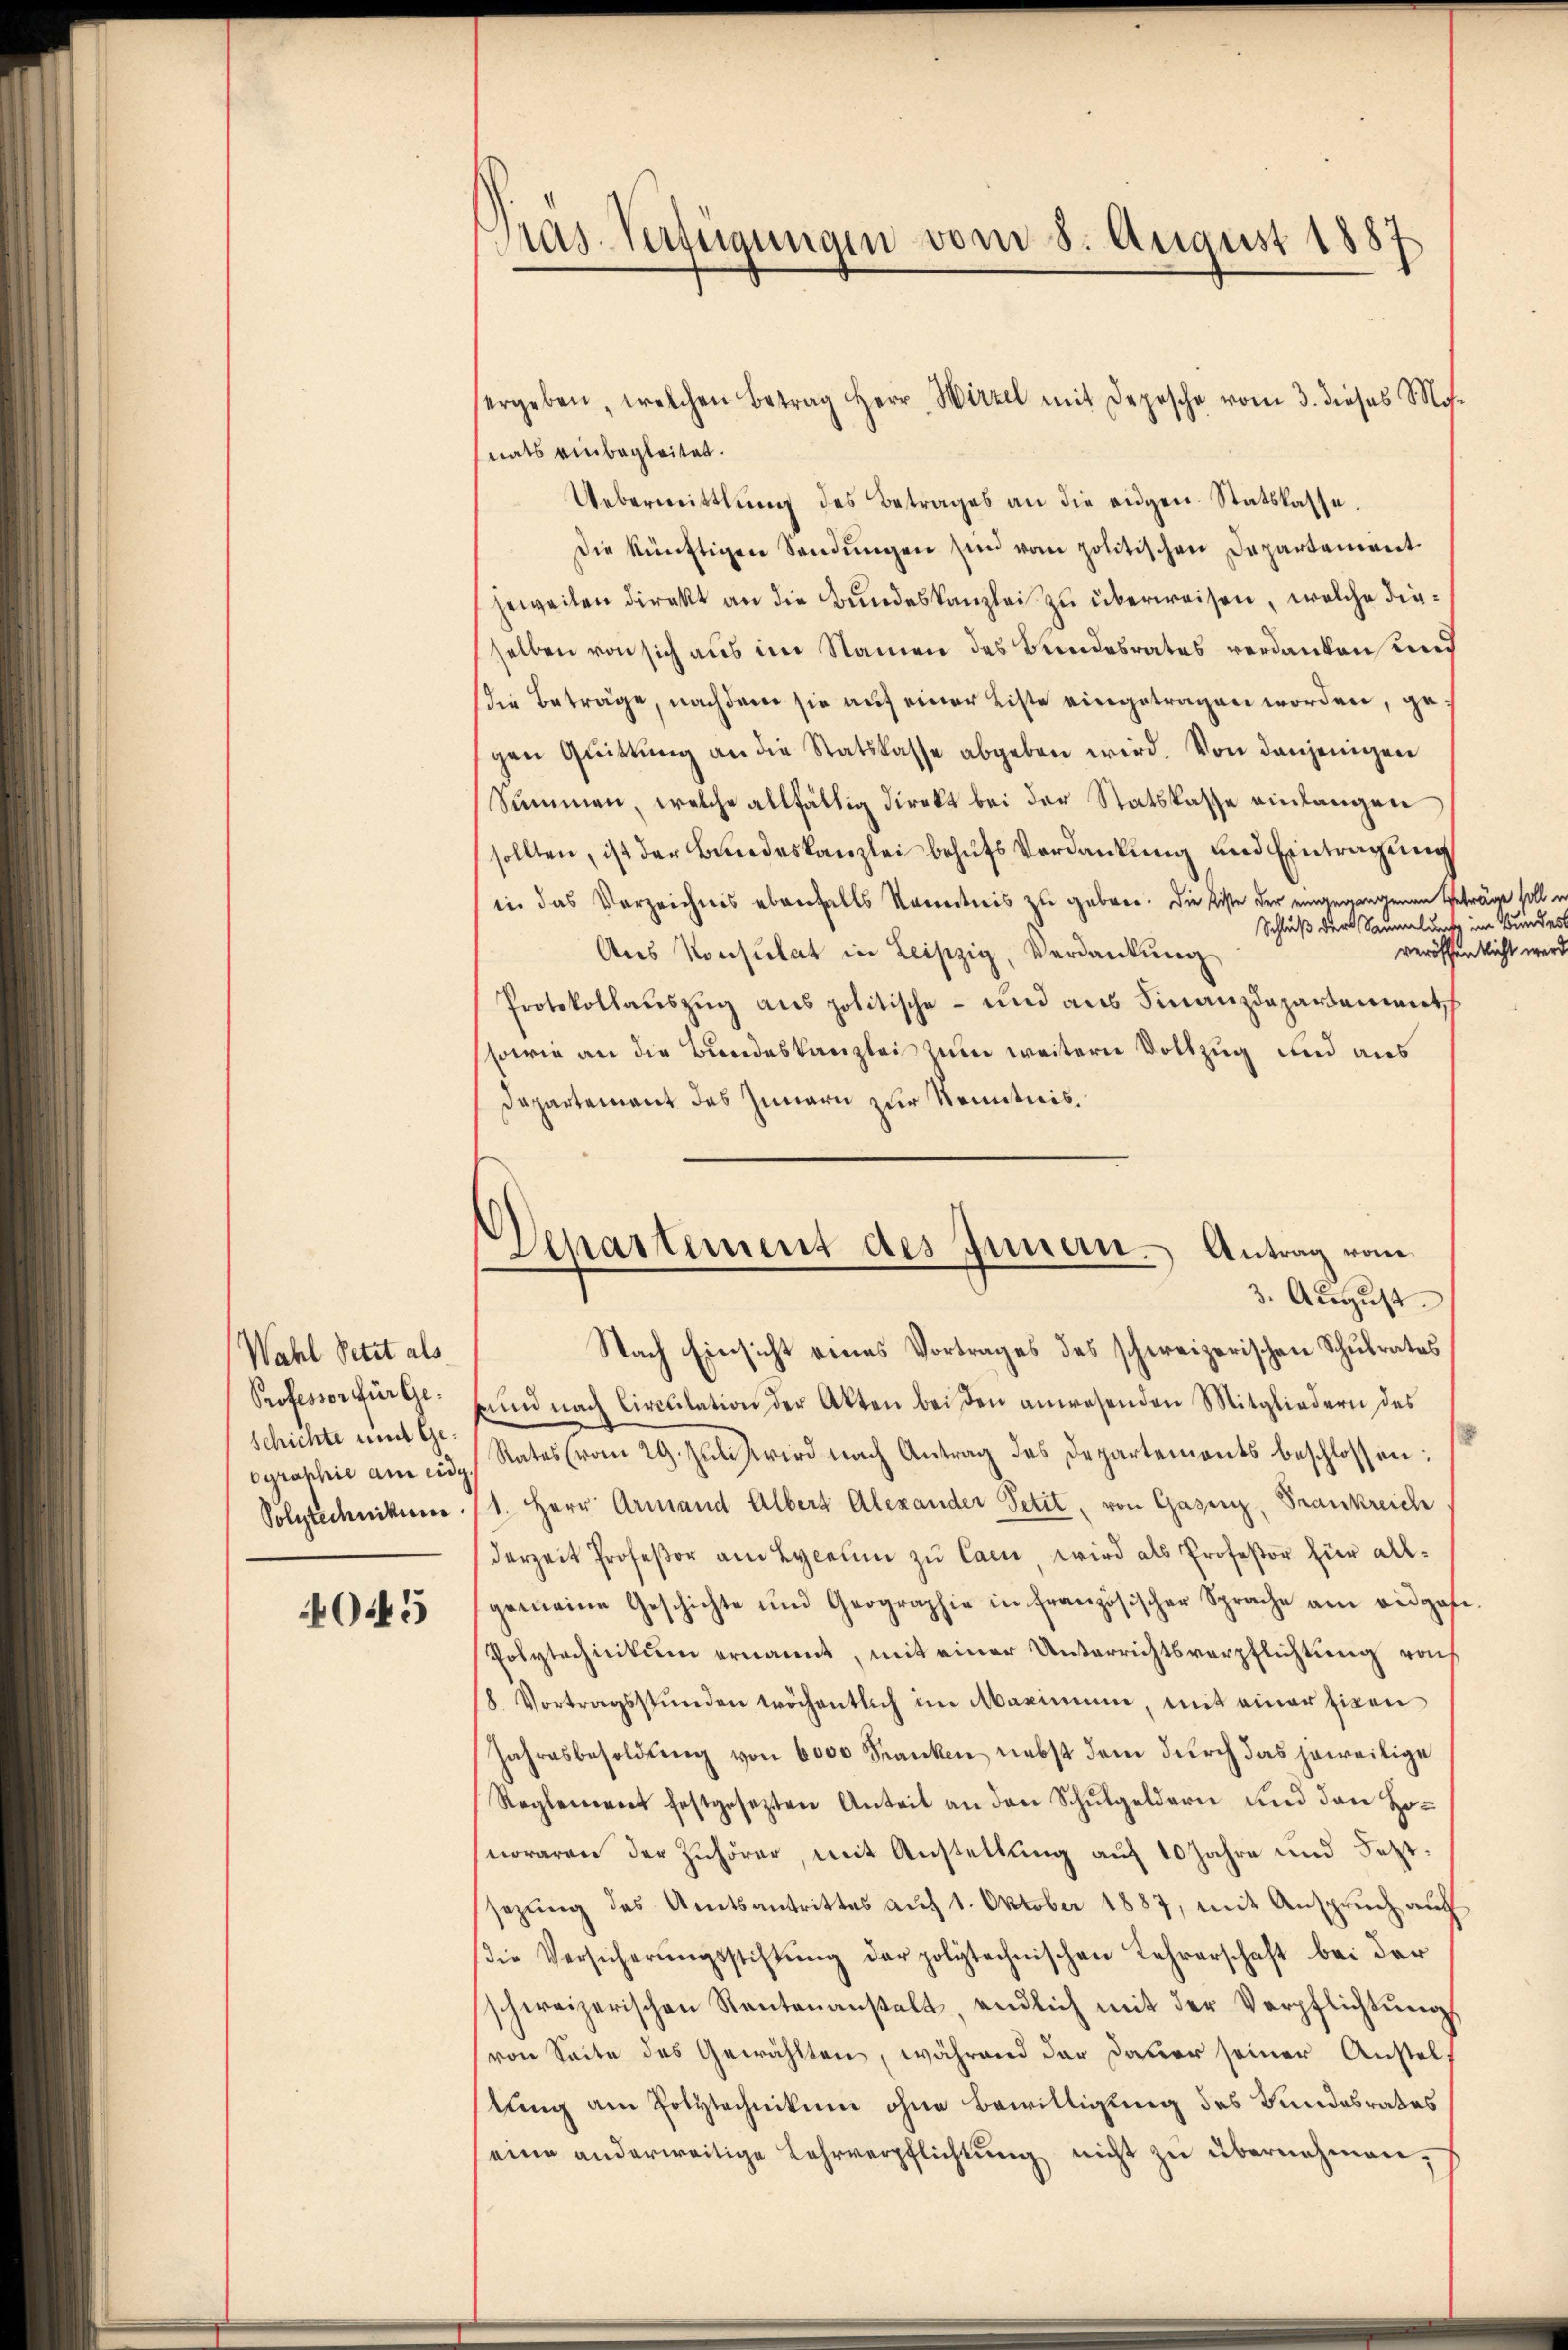
Wahl Setzt als
Professor für Ge-
Schichte und Geographie am eidg.
Polytechnikum.

O5

Pras. Verfügungen vom 8. August 1887

ergeben, welchen Betrag Herr Wirzel mit Depesche vom 3. dieses Mo-
nats einbegleitet.
Uebermittlung des Betrages an die eigen. Statskasse.
Die künftigen Sandŭngen sind vom politischen Departement
jeweilen direkt an die Bundeskanzlei zu überweisen, welche dieselben von sich aus im Namen des Bundesrates verdanken und
die Beträge, nachdem sie auf einer Liste eingetragen worden, gegen Qŭittŭng an die Statskasse abgeben wird. Von denjenigen
Summen, welche allfällig direkt bei der Statskasse einlangen
sollten, ist der Bundeskanzlei behufs Verdankung und Eintragung
in das Verzeichnis ebenfalls kanntnis zu geben. Die Kiste der eingegangenen Beträge soll un
Schluß der Saumeld Bundes
veröffentlicht wer
Aŭs Konsulat in Leipzig, Verdankung
Protokollaŭszŭg ans politische - und aus Finanzdepartenmuth
ssowie an die Bundeskanzlei zum weitern Vollzug und aus
Departement des Innern zur Kenntnis.
Nach Einsicht eines Vortrages des schweizerischen Schulrates
nŭn nach Circulation der Akten bei den anwesenden Mitgliedern des
Rates (vom 29. Juni wird nach Antrag des Departements beschlossen:
1. Herr Armand Albert Alexander Petit, von Gasenz, Frankreich
derzeit Profeßor am Lyceum zu Carn, wird als Profeßor für allgemeine Geschichte und Geographie in französischer Sprache am eidgase¬
Polytechnikum ernannt, mit einer Unterrichtsverpflichtung rach
8. Vortragsstunden wöchentlich im Maximŭm, mit einer Eigen
Jahresbesoldung von 6000 Franken nebst dem durch das jeweilige
Reglement festgesezten Anteit an den Schŭlgeldern und den Honoraren der Zuhörer, mit Anstellung auf 10 Jahre und Jetztsezung des Amtsantrittes auf 1. Oktober 1887, mit Anspruch auf
die Versicherŭngsstiftŭng der polytechnischen Lehrerschaft bei der
schweizerischen Rentenanstalt, endlich mit der Verpflichtŭngs
von Seite des Gewählten, während der Dauer seiner Anstellung am Polytechnikum ohne Bewilligung des Bundesrates
eine anderweitige Lehrverpflichtung nicht zu übernehmen,

Departement des Innern. Antrag vom
3. August.